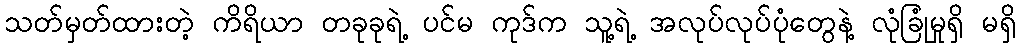
သတ်မှတ်ထားတဲ့ ကိရိယာ တခုခုရဲ့ ပင်မ ကုဒ်က သူ့ရဲ့ အလုပ်လုပ်ပုံတွေနဲ့ လုံခြုံမှုရှိ မရှိ